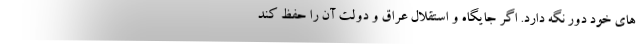
های خود دور نگه دارد. اگر جایگاه و استقلال عراق و دولت آن را حفظ کند